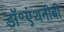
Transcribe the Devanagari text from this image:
डॉ॰एंथनीबी